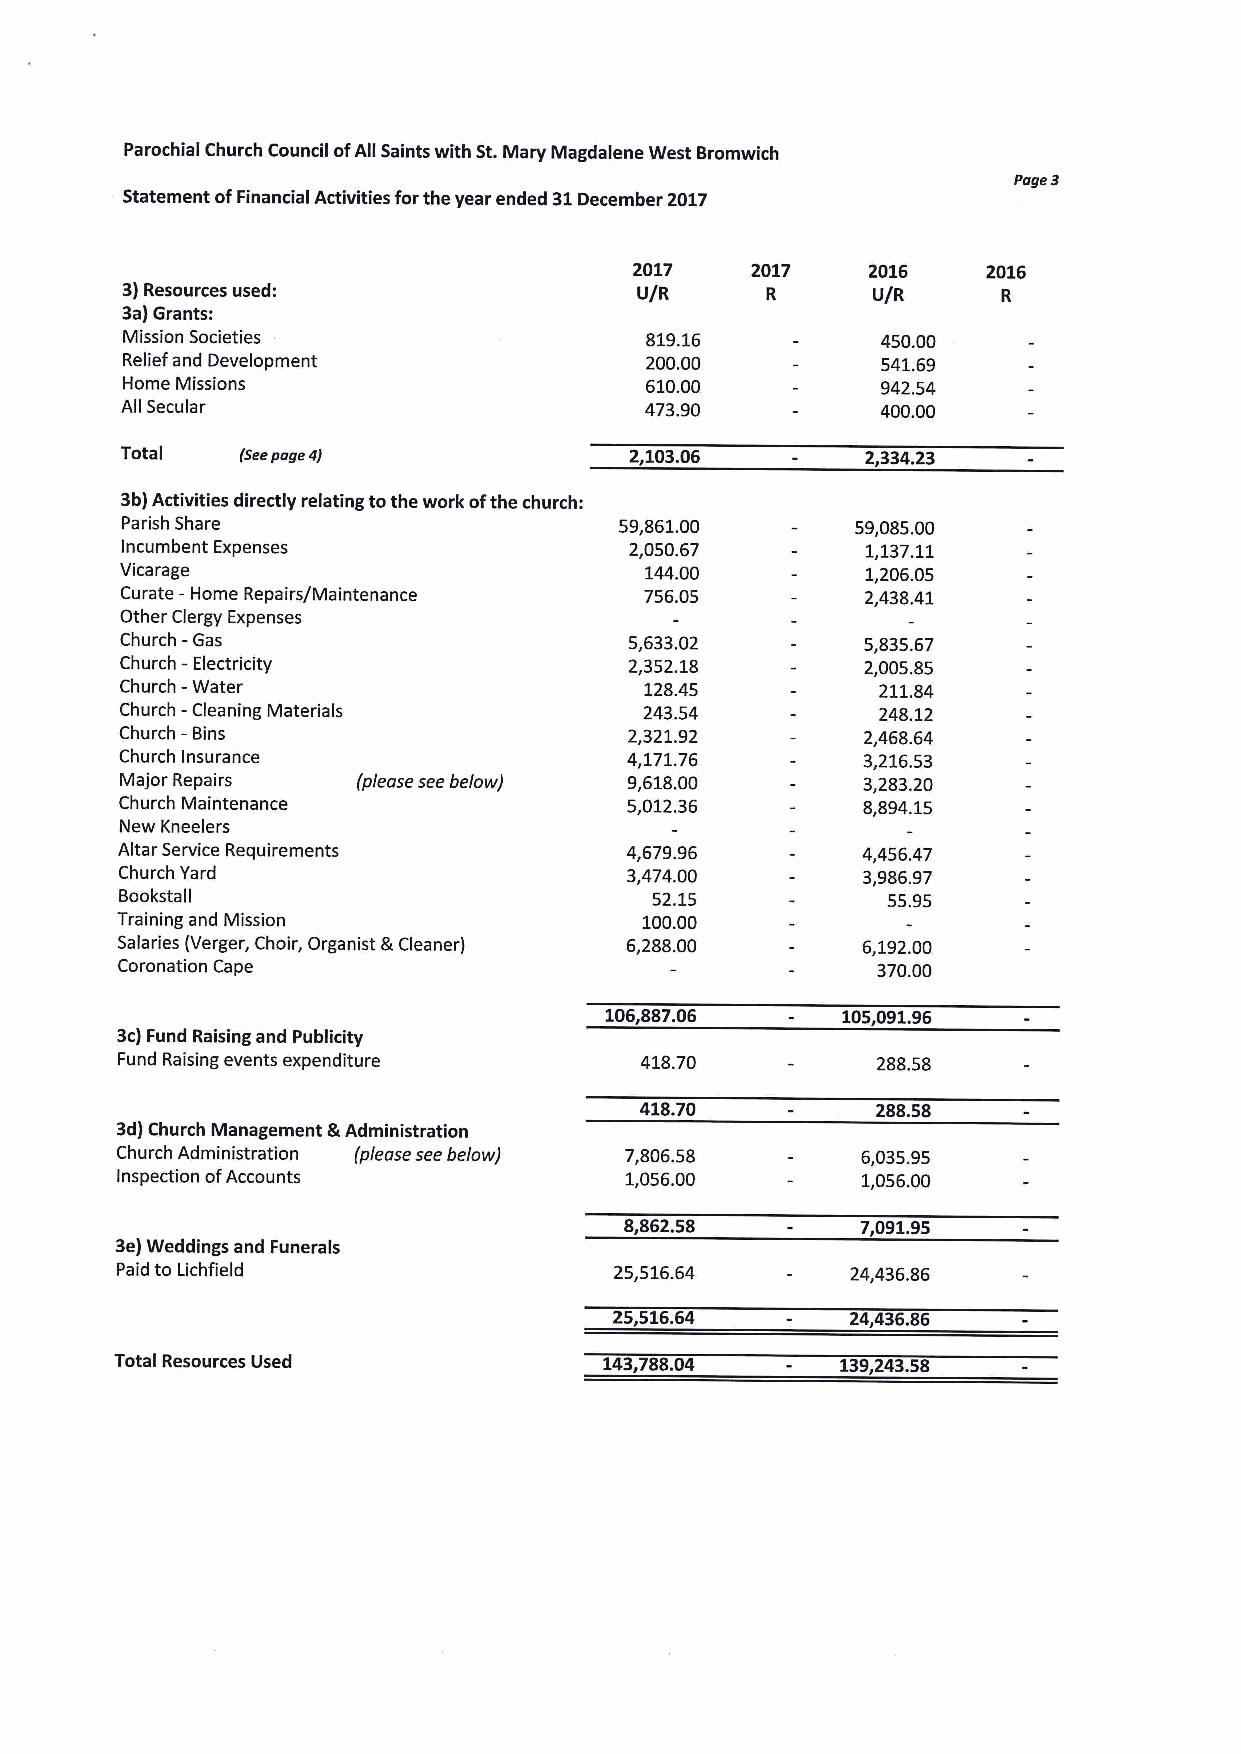
Parochial Church Council ofAll Saints with St.Mary Magdalene West Bromwich
 Page3
 Statement ofFinancial Activities forthe year ended 31December 2017
 2017    2017   2016    2016
 3)Resources used:                 U/R      R      U/R     R
 3a)Grants:
 Mission Societies                  819.16         450.00
 Relief and Development             200.00         541.69
 Home Missions                      610.00         942.54
 All Secular                        473.90         400.00
 Total   (Seepage 4)               2,103.06       2,334.23
 3b)Activities directly relating tothe work ofthe church:
 Parish Share                     59,861.00       59,085.00
 Incumbent Expenses                2,050.67       1,137.11
 Vicarage                           144.00        1,206.05
 Curate —Home Repairs/Maintenance   756.05        2,438.41
 Other Clergy Expenses
 Church —Gas                       5,633.02       5,835.67
 Church -Electricity               2,352.18       2,005.85
 Church
 -Water
 128.45         211.84
 Church - Cleaning Materials        243.54         248.12
 Church —Bins                      2,321.92       2,468.64
 Church Insurance                 4,171.76        3,216.53
 Major Repairs   (p/ease see below) 9,618.00      3,283,20
 Church Maintenance               5,012.36        8,894.15
 New Kneelers
 Altar Service Requirements       4,679.96        4,456,47
 Church Yard                      3,474.00        3,986.97
 Bookstall                          52.15           55.95
 Training and Mission               100.00
 Salaries (Verger, Choir, Organist &Cleaner) 6,288.00 6,192.00
 Coronation Cape                                   370.00
 106,887.06      105,091.96
 3c)Fund Raising and Publicity
 Fund Raising events expenditure   418.70          288.58
 418.70          288.58
 3d)Church Management &Administration
 Church Administration (please see below) 7,806.58 6,035.95
 Inspection ofAccounts            1,056.00        1,056.00
 &,862.58        7,091.95
 3e)Weddings and Funerals
 Paid to Lichfield                25,516.64      24,436.86
 25,516.64      24,436.86
 Total Resources Used            143,788.04      139,243.58